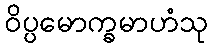
ဝိပ္ပမောက္ခမာဟံသု